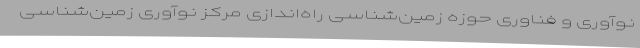
نوآوری و فناوری حوزه زمین‌شناسی راه‌اندازی مرکز نوآوری زمین‌شناسی